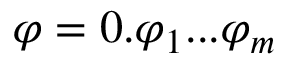
\varphi = 0 . \varphi _ { 1 } . . . \varphi _ { m }